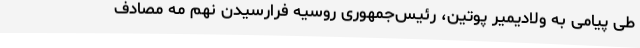
طی پیامی به ولادیمیر پوتین، رئیس‌جمهوری روسیه فرارسیدن نهم مه مصادف